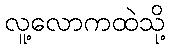
လူ့လောကထဲသို့